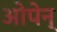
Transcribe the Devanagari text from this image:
ओपेन्